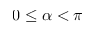
0 \leq \alpha < \pi